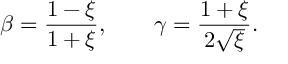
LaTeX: \beta = { \frac { 1 - \xi } { 1 + \xi } } , \qquad \gamma = { \frac { 1 + \xi } { 2 \sqrt { \xi } } } .